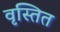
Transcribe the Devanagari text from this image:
वृस्तित